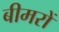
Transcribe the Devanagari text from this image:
बीमरों